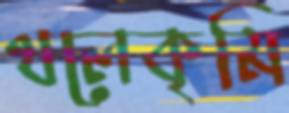
থলেকৃমি